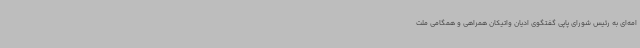
امه‌ای به رئیس شورای پاپی گفتگوی ادیان واتیکان همراهی و همگامی ملت